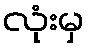
လုံးမှ